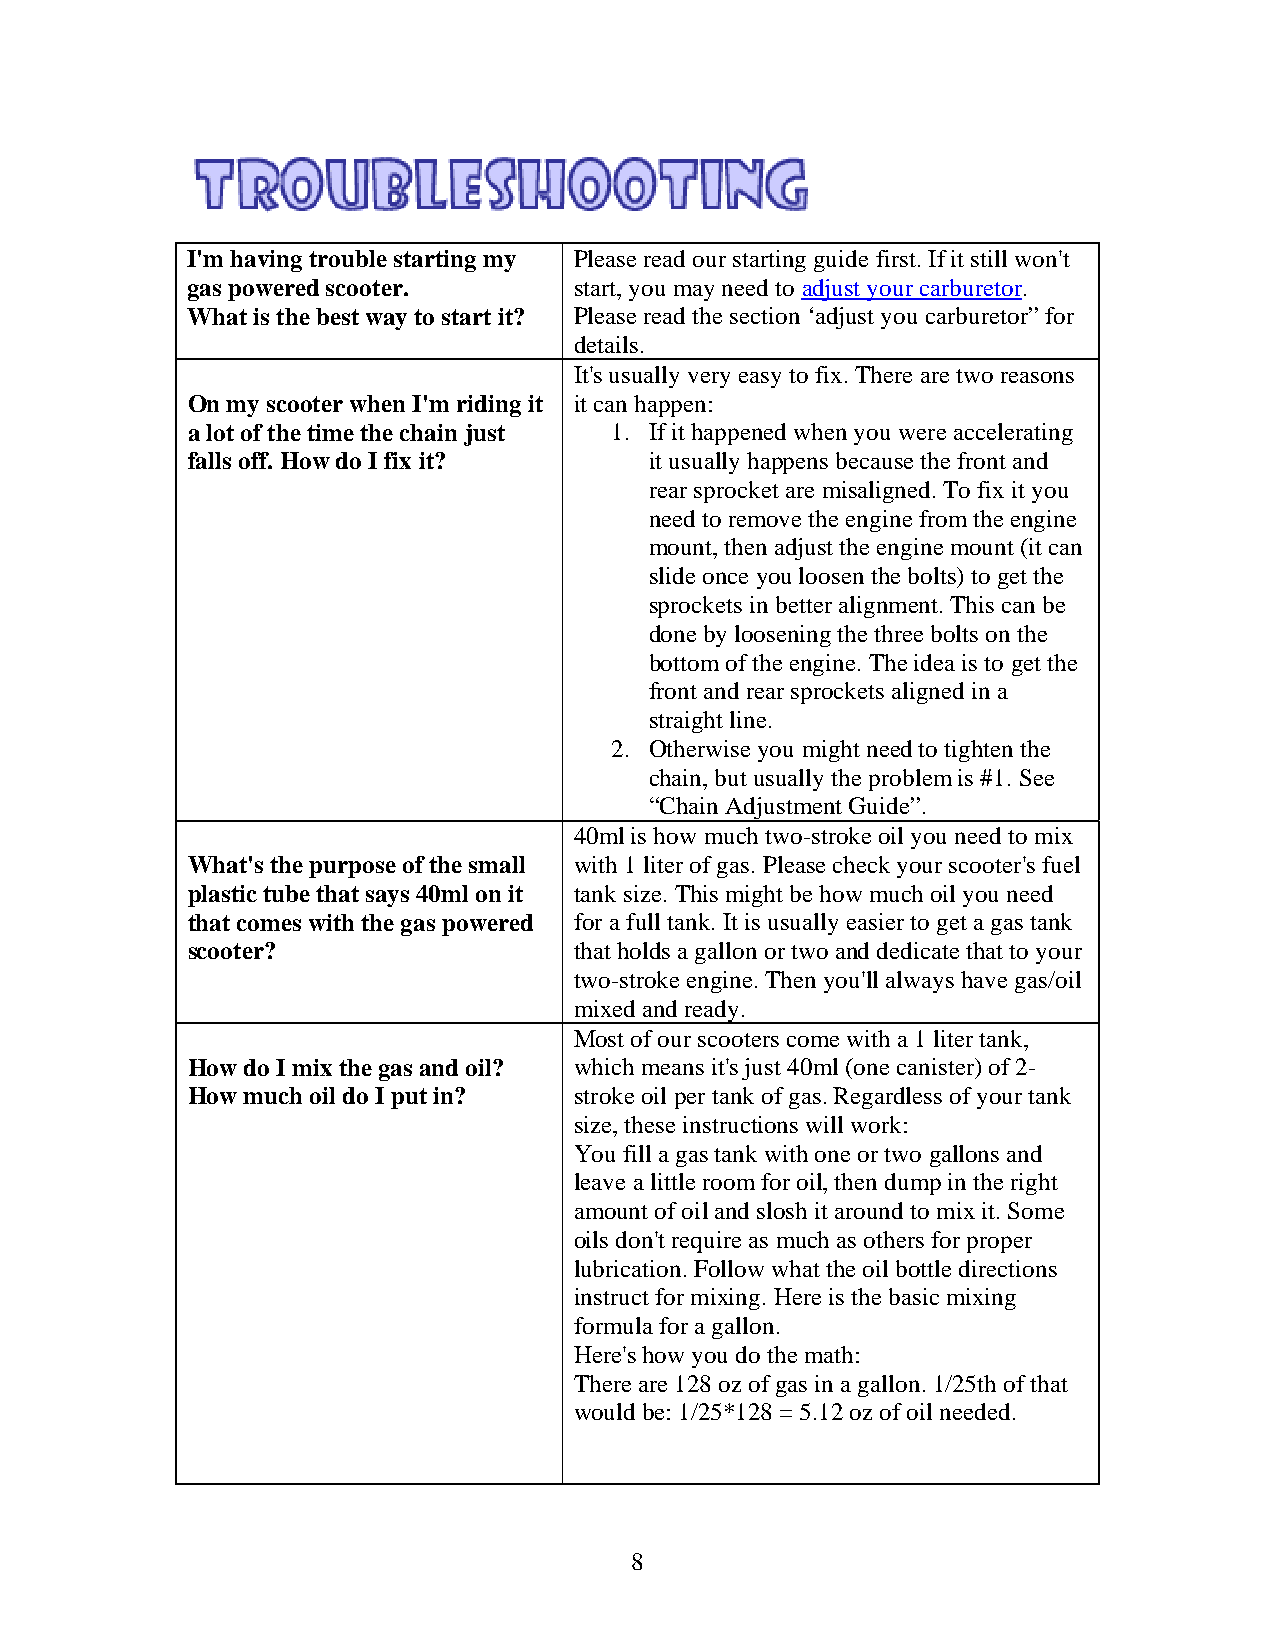
I'm having trouble starting my Please read our starting guide first. If it still won't
 gas powered scooter.      start, you may need to adjust your carburetor.
 What is the best way to start it? Please read the section ‘adjust you carburetor” for
 details.
 It's usually very easy to fix. There are two reasons
 On my scooter when I'm riding it it can happen:
 a lot of the time the chain just 1. If it happened when you were accelerating
 falls off. How do I fix it?    it usually happens because the front and
 rear sprocket are misaligned. To fix it you
 need to remove the engine from the engine
 mount, then adjust the engine mount (it can
 slide once you loosen the bolts) to get the
 sprockets in better alignment. This can be
 done by loosening the three bolts on the
 bottom of the engine. The idea is to get the
 front and rear sprockets aligned in a
 straight line.
 2. Otherwise you might need to tighten the
 chain, but usually the problem is #1. See
 “Chain Adjustment Guide”.
 40ml is how much two-stroke oil you need to mix
 What's the purpose of the small with 1 liter of gas. Please check your scooter's fuel
 plastic tube that says 40ml on it tank size. This might be how much oil you need
 that comes with the gas powered for a full tank. It is usually easier to get a gas tank
 scooter?                  that holds a gallon or two and dedicate that to your
 two-stroke engine. Then you'll always have gas/oil
 mixed and ready.
 Most of our scooters come with a 1 liter tank,
 How do I mix the gas and oil? which means it's just 40ml (one canister) of 2-
 How much oil do I put in? stroke oil per tank of gas. Regardless of your tank
 size, these instructions will work:
 You fill a gas tank with one or two gallons and
 leave a little room for oil, then dump in the right
 amount of oil and slosh it around to mix it. Some
 oils don't require as much as others for proper
 lubrication. Follow what the oil bottle directions
 instruct for mixing. Here is the basic mixing
 formula for a gallon.
 Here's how you do the math:
 There are 128 oz of gas in a gallon. 1/25th of that
 would be: 1/25*128 = 5.12 oz of oil needed.
 8